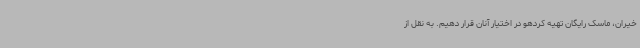
خیران، ماسک رایگان تهیه کردهو در اختیار آنان قرار دهیم. به نقل از